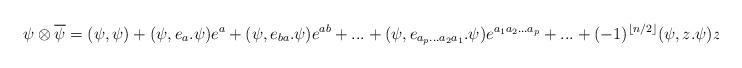
LaTeX: \begin{align*}\psi\otimes\overline{\psi}=(\psi,\psi)+(\psi, e_a.\psi)e^a+(\psi, e_{ba}.\psi)e^{ab}+...+(\psi, e_{a_p...a_2a_1}.\psi)e^{a_1a_2...a_p}+...+(-1)^{\lfloor{n/2}\rfloor}(\psi, z.\psi)z\end{align*}